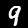
Digit: 9